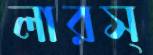
লারস্